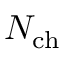
N _ { \mathrm { c h } }